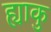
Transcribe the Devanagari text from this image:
ह्याकु